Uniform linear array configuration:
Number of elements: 8
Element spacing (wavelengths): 0.5
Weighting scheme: kaiser
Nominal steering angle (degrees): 15
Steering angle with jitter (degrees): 15.495
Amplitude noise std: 0.05
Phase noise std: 0.05

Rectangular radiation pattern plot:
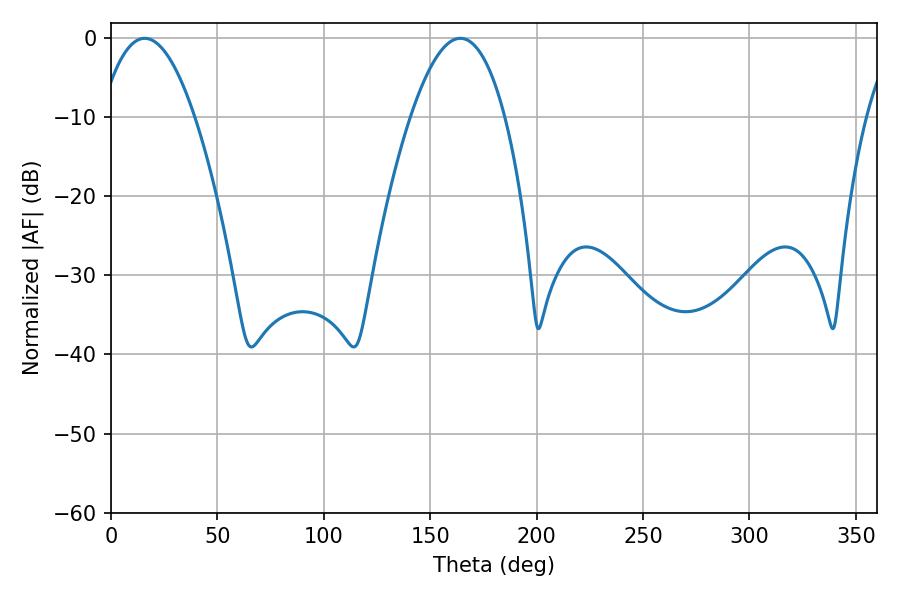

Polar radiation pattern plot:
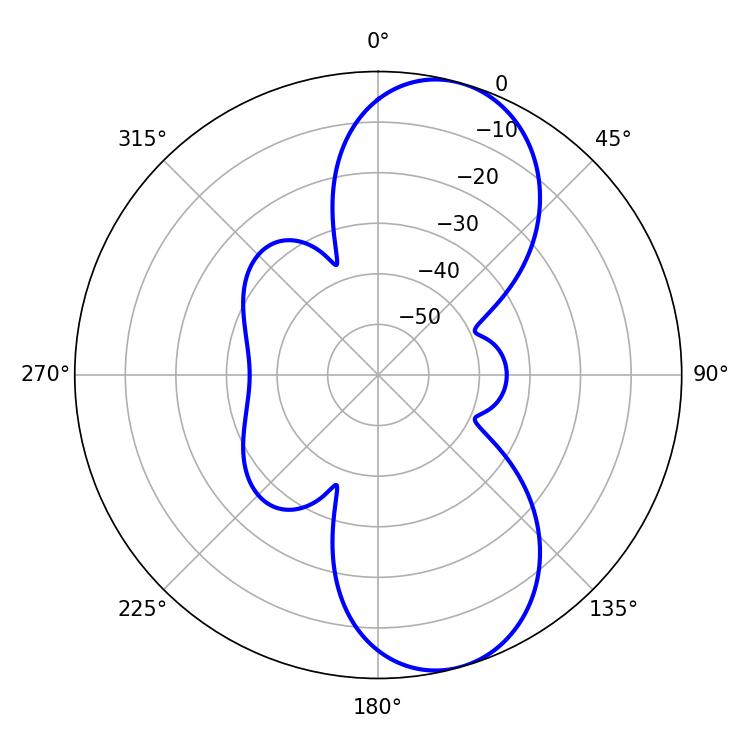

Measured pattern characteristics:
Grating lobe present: FALSE
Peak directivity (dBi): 8.942
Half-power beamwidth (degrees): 24.48
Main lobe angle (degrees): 15.84